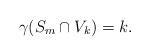
LaTeX: \begin{gather*}\gamma(S_m\cap V_k)=k.\end{gather*}